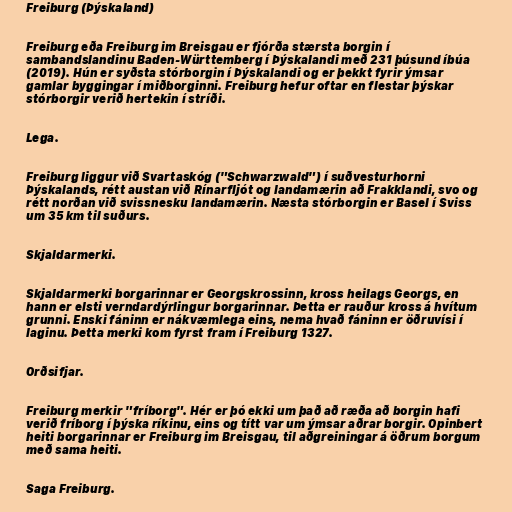
Freiburg (Þýskaland)

Freiburg eða Freiburg im Breisgau er fjórða stærsta borgin í
sambandslandinu Baden-Württemberg í Þýskalandi með 231 þúsund íbúa
(2019). Hún er syðsta stórborgin í Þýskalandi og er þekkt fyrir ýmsar
gamlar byggingar í miðborginni. Freiburg hefur oftar en flestar þýskar
stórborgir verið hertekin í stríði.

Lega.

Freiburg liggur við Svartaskóg ("Schwarzwald") í suðvesturhorni
Þýskalands, rétt austan við Rínarfljót og landamærin að Frakklandi, svo og
rétt norðan við svissnesku landamærin. Næsta stórborgin er Basel í Sviss
um 35 km til suðurs.

Skjaldarmerki.

Skjaldarmerki borgarinnar er Georgskrossinn, kross heilags Georgs, en
hann er elsti verndardýrlingur borgarinnar. Þetta er rauður kross á hvítum
grunni. Enski fáninn er nákvæmlega eins, nema hvað fáninn er öðruvísi í
laginu. Þetta merki kom fyrst fram í Freiburg 1327.

Orðsifjar.

Freiburg merkir "fríborg". Hér er þó ekki um það að ræða að borgin hafi
verið fríborg í þýska ríkinu, eins og títt var um ýmsar aðrar borgir. Opinbert
heiti borgarinnar er Freiburg im Breisgau, til aðgreiningar á öðrum borgum
með sama heiti.

Saga Freiburg.